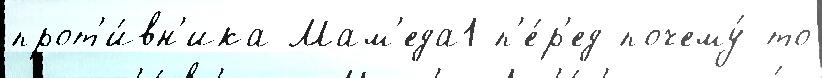
прот'и́вн'ика Мам'еда1 п'е́р'ед почему́-то